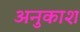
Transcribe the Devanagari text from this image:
अनुकाश